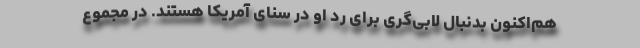
هم‌اکنون بدنبال لابی‌گری برای رد او در سنای آمریکا هستند. در مجموع